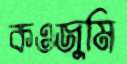
কওজুমি